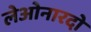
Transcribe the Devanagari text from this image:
लेओनारदो